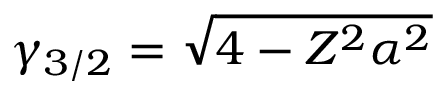
\gamma _ { 3 / 2 } = \sqrt { 4 - Z ^ { 2 } \alpha ^ { 2 } }